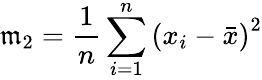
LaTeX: \mathfrak{m}_{2}={\frac{{1}}{{n}}}\sum_{i=1}^{n}{(x_{i}-{\bar{{x}}})}^{2}